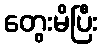
တွေးမိပြီး